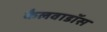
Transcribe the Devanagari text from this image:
कैलवाडॉस